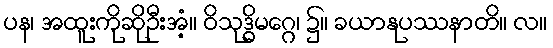
ပန၊ အထူးကိုဆိုဦးအံ့။ ဝိသုဒ္ဓိမဂ္ဂေ၊ ၌။ ခယာနုပဿနာတိ။ လ။